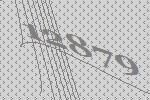
12879